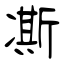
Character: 凘